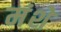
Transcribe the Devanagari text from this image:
मंशे